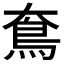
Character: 𩾪